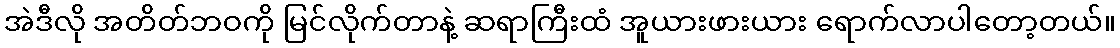
အဲဒီလို အတိတ်ဘဝကို မြင်လိုက်တာနဲ့ ဆရာကြီးထံ အူယားဖားယား ရောက်လာပါတော့တယ်။